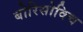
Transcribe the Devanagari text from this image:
बोरिसोविच